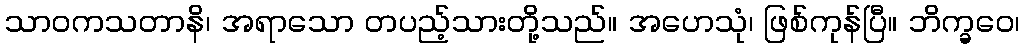
သာဝကသတာနိ၊ အရာသော တပည့်သားတို့သည်။ အဟေသုံ၊ ဖြစ်ကုန်ပြီ။ ဘိက္ခဝေ၊